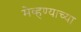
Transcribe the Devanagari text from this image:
मेव्हण्याच्या